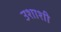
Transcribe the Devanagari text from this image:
उशाशी